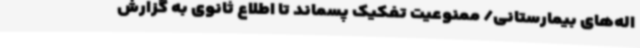
اله‌های بیمارستانی/ ممنوعیت تفکیک پسماند تا اطلاع ثانوی به گزارش